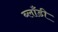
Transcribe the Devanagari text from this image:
ब्लाँडी